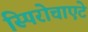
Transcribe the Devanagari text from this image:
स्पिरोचाएटे